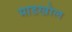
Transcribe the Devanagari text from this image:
माडखोल